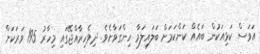
އަވަސް ކަޅިއަކުން ބައެއް ކަންކަމަށް ބަލައިލަމާ ހިންގަވާށެވެ. ދިވެހިރާއްޖޭގައި މިހާރު 195 ވަރަކަށް